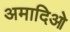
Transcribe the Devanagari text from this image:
अमादिओ